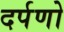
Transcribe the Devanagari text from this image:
दर्पणो